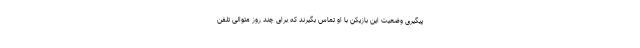
پیگیری وضعیت این بازیکن با او تماس بگیرند که برای چند روز متوالی تلفن